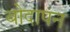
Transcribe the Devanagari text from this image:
बोदापन